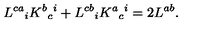
L ^ { c a } { } _ { i } K ^ { b } { } _ { c } { } ^ { i } + L ^ { c b } { } _ { i } K ^ { a } { } _ { c } { } ^ { i } = 2 L ^ { a b } .